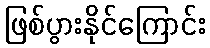
ဖြစ်ပွားနိုင်ကြောင်း